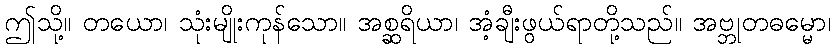
ဤသို့။ တယော၊ သုံးမျိုးကုန်သော။ အစ္ဆရိယာ၊ အံ့ချီးဖွယ်ရာတို့သည်။ အဗ္ဘုတဓမ္မော၊